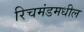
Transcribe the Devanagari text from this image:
रिचमंडमधील